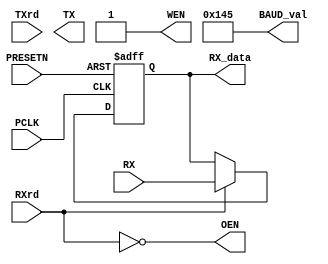
///////////////////////////////////////////////////////////////////////////////////////////////////
// Company: <Name>
//
// File history:
//      <Revision number>: <Date>: <Comments>
//      <Revision number>: <Date>: <Comments>
//      <Revision number>: <Date>: <Comments>
//
// Description: 
//
// <Description here>
//
// Targeted device: <Family::ProASIC3> <Die::A3P1000> <Package::208 PQFP>
//
/////////////////////////////////////////////////////////////////////////////////////////////////// 

//`timescale <time_units> / <precision>

module uart_test( input PCLK,
                  input PRESETN,
                  input TXrd,
                  input RXrd,
                  input [7:0]RX,
                  output reg [12:0] BAUD_val = 13'd325,
                  output reg [7:0] TX,
                  output reg [7:0] RX_data,
                  output wire OEN,
                  output wire WEN);
//<statements>
reg TX_state=1'b0;
reg[1:0] count;

assign WEN = !(TXrd & TX_state);
assign OEN = !RXrd;

always@(posedge PCLK or negedge PRESETN)
begin
    if(!PRESETN)
        count <= 3'b0;
    else if(RXrd)
        count <= count + 1'b1;
    else
        count <= 3'b0;
end

always@(posedge PCLK or negedge PRESETN)
begin
    if(!PRESETN)
        RX_data <= 8'b0;
    else if(RXrd)
        RX_data <= RX;
    else
        RX_data <= RX_data;
end
endmodule